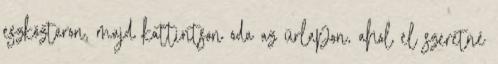
eszköztáron, majd kattintson oda az űrlapon, ahol el szeretné